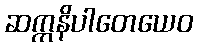
ဆက္ကနိပါတေယေဝ